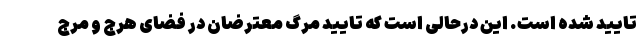
تایید شده است. این درحالی است که تایید مرگ معترضان در فضای هرج و مرج